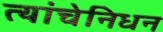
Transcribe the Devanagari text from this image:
त्यांचेनिधन